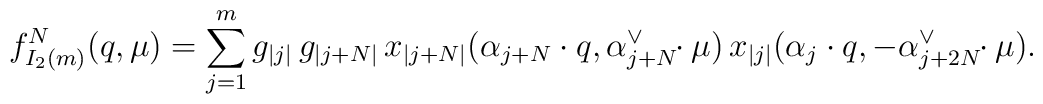
f_{I_{2}(m)}^{N}(q,\mu)=\sum_{j=1}^{m}g_{|j|}\,g_{|j+N|}\,x_{|j+N|}   (\alpha_{j+N}\cdot   q,\alpha_{j+N}^{\vee}\!\!\cdot\mu)\,x_{|j|}(\alpha_{j}\cdot   q,-\alpha_{j+2N}^{\vee}\!\!\cdot\mu).